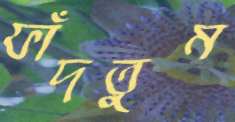
ফাঁদতুম